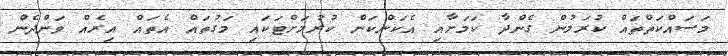
މަސައްކަތްތައް ކުރަމުން ގެންދާ ކަމަށާއި އެކަންކަން ކުރުމަށްޓަކައި މަގުތައް އެތައް އިރެއް ވަންދެން